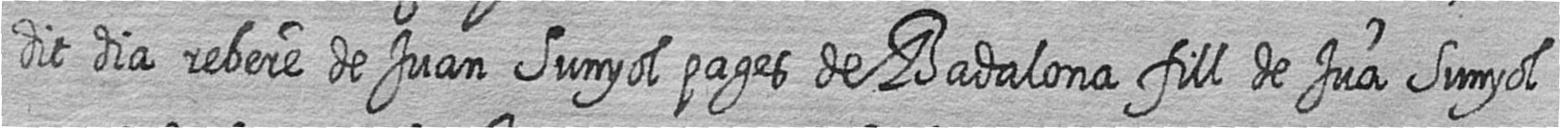
dit dia rebere de Juan Sunyol pages de Badalona fill de Jua Sunyol